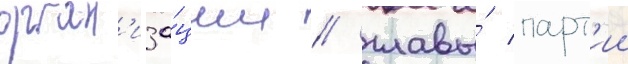
орган'иза́ции / главы́ парт'ии